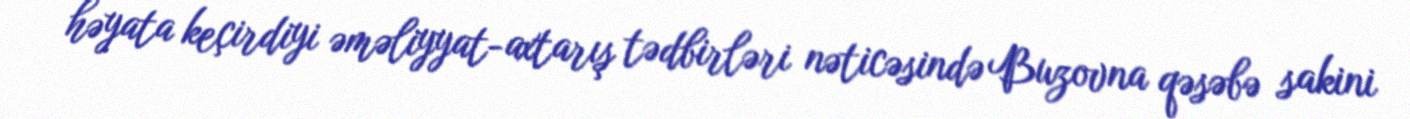
həyata keçirdiyi əməliyyat-axtarış tədbirləri nəticəsində Buzovna qəsəbə sakini